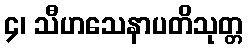
၄၊ သီဟသေနာပတိသုတ္တ